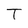
Character: T